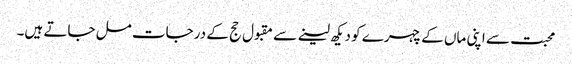
محبت سے اپنی ماں کے چہرے کو دیکھ لینے سے مقبول حج کے درجات مل جاتے ہیں۔